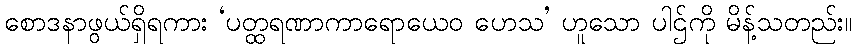
စောဒနာဖွယ်ရှိရကား ‘ပတ္ထရဏာကာရောယေဝ ဟေသ’ ဟူသော ပါဌ်ကို မိန့်သတည်း။